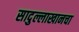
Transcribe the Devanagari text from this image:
सादुल्लाखानचा